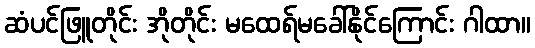
ဆံပင်ဖြူတိုင်း အိုတိုင်း မထေရ်မခေါ်နိုင်ကြောင်း ဂါထာ။